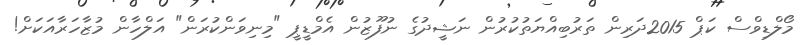
މޯލްޑިވްސް ކަޕް 2015ދަރިން ތަރުބިއްޔަތުކުރުން ނަޝީދުގެ ނުފޫޒުން އެމްޑީޕީ "މިނިވަންކުރަން" އަލްހާން މުޒާހަރާއަކަށް!